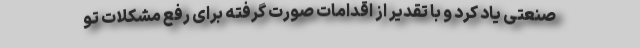
صنعتی یاد کرد و با تقدیر از اقدامات صورت گرفته برای رفع مشکلات تو